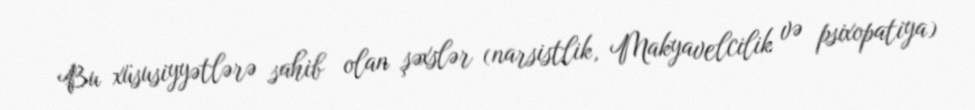
Bu xüsusiyyətlərə sahib olan şəxslər (narsistlik, Makyavelcilik və psixopatiya)